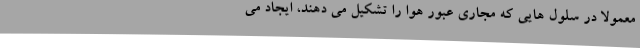
معمولاً در سلول هایی که مجاری عبور هوا را تشکیل می دهند، ایجاد می